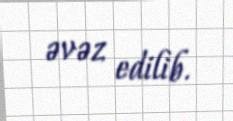
əvəz edilib.